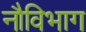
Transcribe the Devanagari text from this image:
नौविभाग